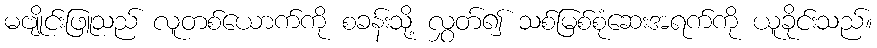
မဗျိုင်းဖြူသည် လူတစ်ယောက်ကို စခန်းသို့ လွှတ်၍ သစ်မြစ်စုံဆေးအရက်ကို ယူခိုင်းသည်။